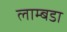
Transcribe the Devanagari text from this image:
लाम्बडा